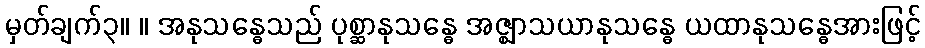
မှတ်ချက်၃။ ။ အနုသန္ဓေသည် ပုစ္ဆာနုသန္ဓေ အဇ္ဈာသယာနုသန္ဓေ ယထာနုသန္ဓေအားဖြင့်